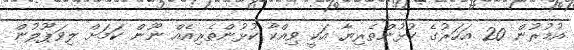
އުމުރުން 20 އަހަރުގެ ކުޅުންތެރިޔާ އަކީ ވިއްކާ ކުޅުންތެރިއެއް ނޫން ކަމަށް ލިވަޕޫލުން